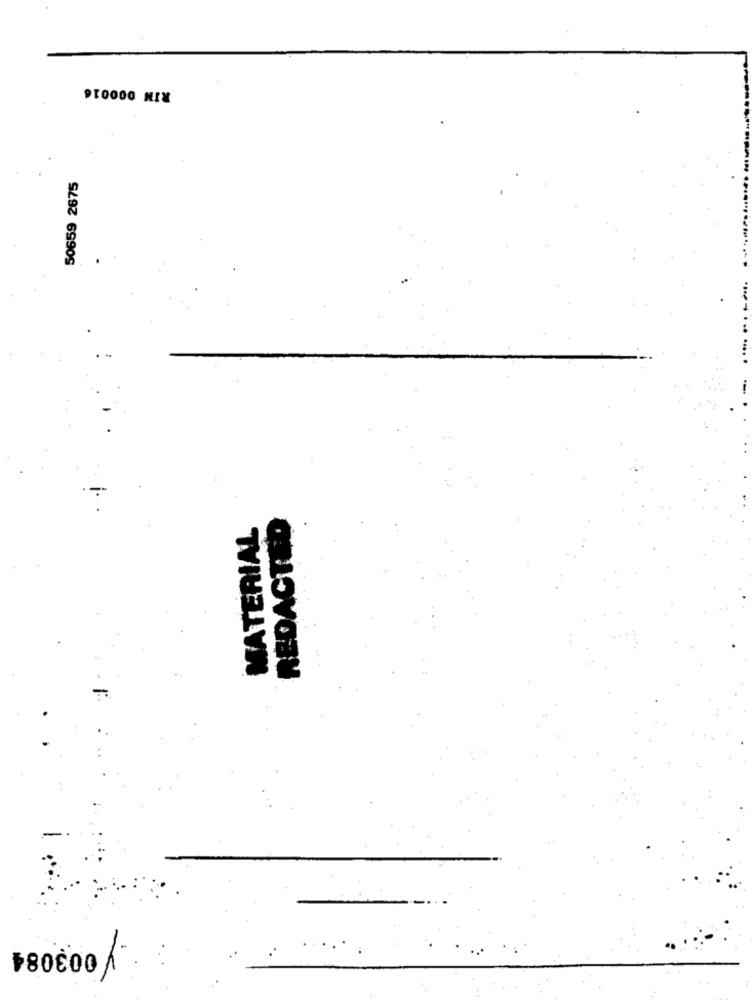
50659 2675
REDACTED
MATERIAL
$80000/